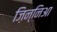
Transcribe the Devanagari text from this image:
ज़िन्निआ